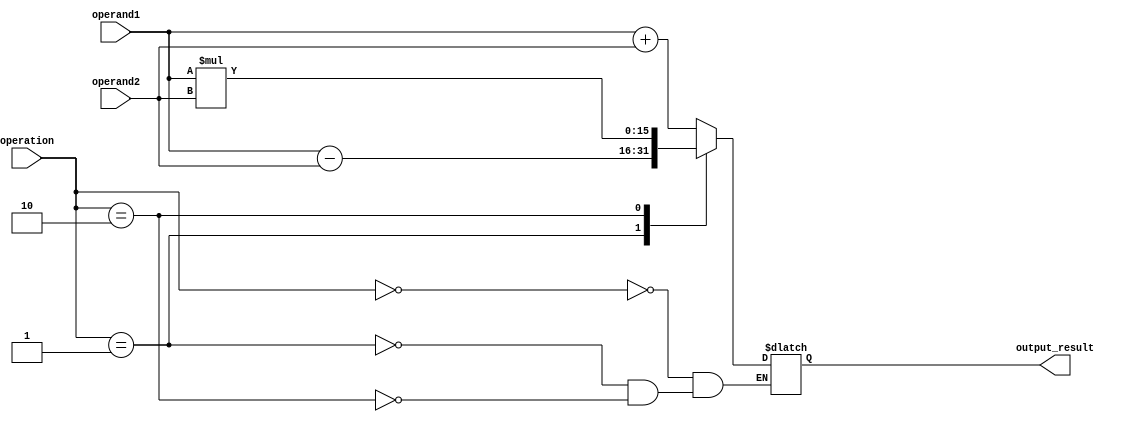
module ALU_16bit (
    input [15:0] operand1,
    input [15:0] operand2,
    input [2:0] operation, // 0: addition, 1: subtraction, 2: multiplication, 3: division
    output reg [15:0] output_result
);

always @(*) begin
    case(operation)
        3'b000: output_result = operand1 + operand2; // addition
        3'b001: output_result = operand1 - operand2; // subtraction
        3'b010: output_result = operand1 * operand2; // multiplication
    endcase
end

endmodule